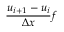
{ \frac { u _ { i + 1 } - u _ { i } } { \Delta x } } f